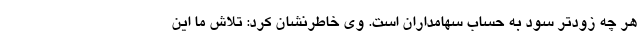
هر چه زودتر سود به حساب سهامداران است. وی خاطرنشان کرد:‌ تلاش ما این